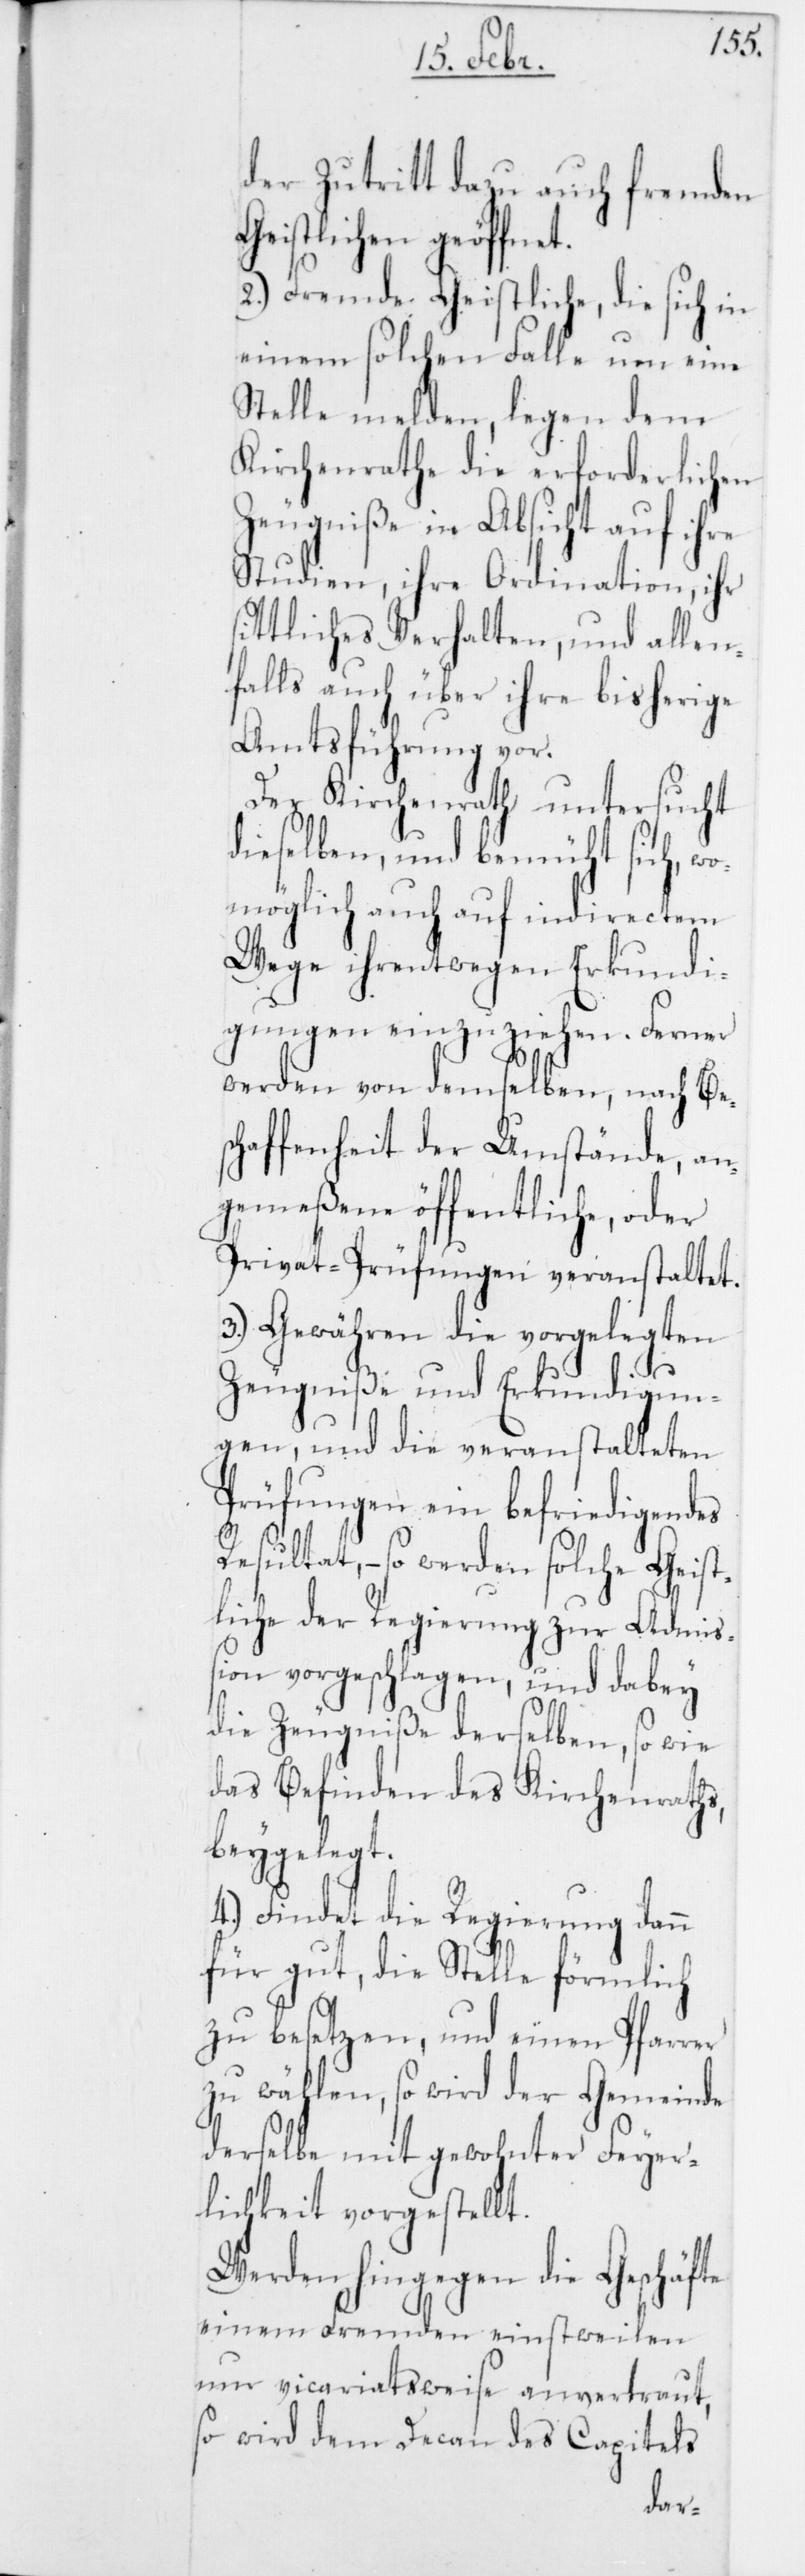
els
der Zutritt dazu auch fremden
Geistlichen geöffnet.
2.) Fremde Geistliche, die sich in
einem solchen Falle um eine
Stelle melden, legen dem
Kirchenrathe die erforderlichen
Zeugniße in Absicht auf ihre
Studien, ihre Ordination, ihr
sittliches Verhalten, und allen¬
falls auch über ihre bisherige
Amtsführung vor.
Der Kirchenrath untersucht
dieselben, und bemüht sich, w¬
omöglich auch auf indirectem
Wege ihrentwegen Erkundi¬
gungen einzuziehen. Ferner
werden von demselben, nach Bes¬
chaffenheit der Umstände, an¬
gemeßene öffentliche, oder
Privat-Prüfungen veranstaltet.
3.) Gewähren die vorgelegten
Zeugniße und Erkundigun¬
gen, und die veranstalteten
Prüfungen ein befriedigendes
Resultat, – so werden solche Geist¬
liche der Regierung zur Admiß¬
ion vorgeschlagen, und dabey
die Zeugniße derselben, so wie
das Befinden des Kirchenraths,
beygelegt.
4.) Findet die Regierung dann
für gut, die Stelle förmlich
zu besetzen, und einen Pfarrer
zu wählen, so wird der Gemeinde
derselbe mit gewohnter Feier¬
lichkeit vorgestellt.
Werden hingegen die Geschäfte
einem Fremden einstweilen
nur vicariatsweise anvertraut,
so wird dem Decan des Capit¬